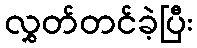
လွှတ်တင်ခဲ့ပြီး